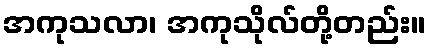
အကုသလာ၊ အကုသိုလ်တို့တည်း။